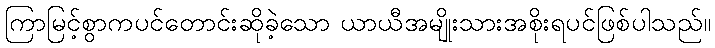
ကြာမြင့်စွာကပင်တောင်းဆိုခဲ့သော ယာယီအမျိုးသားအစိုးရပင်ဖြစ်ပါသည်။